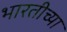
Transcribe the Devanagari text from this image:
भारतीच्या